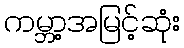
ကမ္ဘာ့အမြင့်ဆုံး